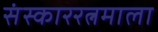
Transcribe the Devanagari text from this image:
संस्काररत्नमाला